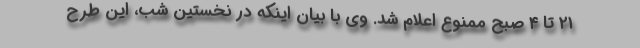
۲۱ تا ۴ صبح ممنوع اعلام شد. وی با بیان اینکه در نخستین شب، این طرح